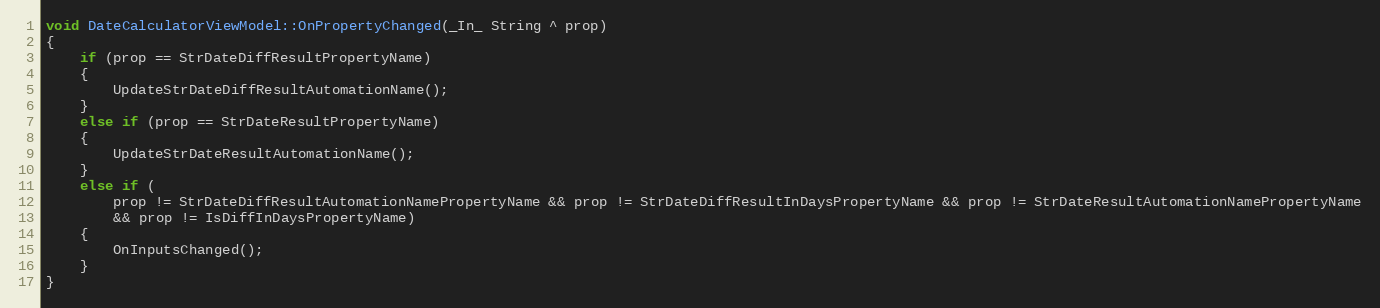
Language: C++
void DateCalculatorViewModel::OnPropertyChanged(_In_ String ^ prop)
{
    if (prop == StrDateDiffResultPropertyName)
    {
        UpdateStrDateDiffResultAutomationName();
    }
    else if (prop == StrDateResultPropertyName)
    {
        UpdateStrDateResultAutomationName();
    }
    else if (
        prop != StrDateDiffResultAutomationNamePropertyName && prop != StrDateDiffResultInDaysPropertyName && prop != StrDateResultAutomationNamePropertyName
        && prop != IsDiffInDaysPropertyName)
    {
        OnInputsChanged();
    }
}